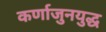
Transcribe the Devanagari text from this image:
कर्णाजुनयुद्ध